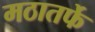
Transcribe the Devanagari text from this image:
मठातर्फे